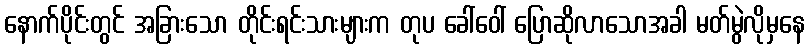
နောက်ပိုင်းတွင် အခြားသော တိုင်းရင်းသားများက တုပ ခေါ်ဝေါ် ပြောဆိုလာသောအခါ မတ်မွဲလိုမှနေ